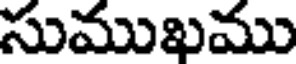
సుముఖము